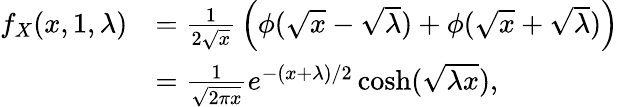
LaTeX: {\begin{array}{rl}{f_{X}(x,1,\lambda)}&{={\frac{1}{2{\sqrt{x}}}}\left(\phi({\sqrt{x}}-{\sqrt{\lambda}})+\phi({\sqrt{x}}+{\sqrt{\lambda}})\right)}\\ &{={\frac{1}{\sqrt{2\pi x}}}e^{-(x+\lambda)/2}\cosh({\sqrt{\lambda x}}),}\end{array}}